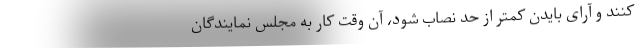
کنند و آرای بایدن کمتر از حد نصاب شود، آن وقت کار به مجلس نمایندگان